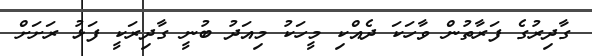
ގާދިރުގެ ފަރާތުން ވާހަކަ ދެއްކި މީހަކު މިއަދު ބުނީ ގާދިރަކީ ފަޅު ރަށަށް